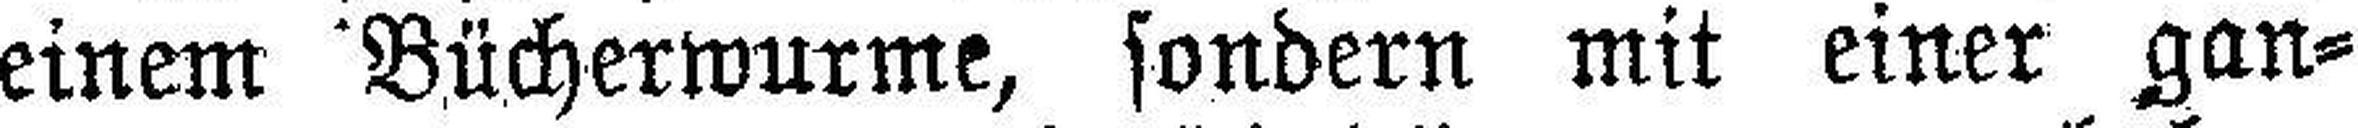
einem Bücherwurme, sondern mit einer gan¬